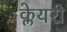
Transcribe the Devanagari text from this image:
क्लेयरी